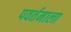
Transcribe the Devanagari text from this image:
पवर्तमाला